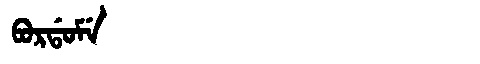
Manchu: ᠪᠣᡵᡩᠣᠮᡝ
Romanization: BORDOME